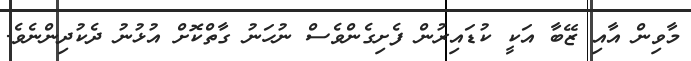
މާވިން އާއި ޒޭބާ އަކީ ކުޑައިރުން ފެށިގެންވެސް ނުހަނު ގާތްކޮށް އުޅުނު ދެކުދިންނެވެ.